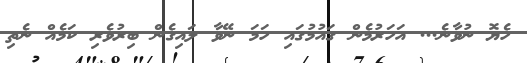
ހެޔޮ ނުވާނެ... އަަހަރުމެން ގައުމުގައި ހަމަ ނޭވާ ލައިގެން ބިރުވެރި ކަމެއް ނެތި